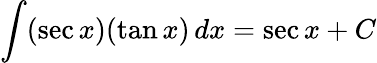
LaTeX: \int(\sec x)(\tan x)\, dx=\sec x+C